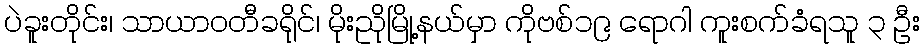
ပဲခူးတိုင်း၊ သာယာဝတီခရိုင်၊ မိုးညိုမြို့နယ်မှာ ကိုဗစ်၁၉ ရောဂါ ကူးစက်ခံရသူ ၃ ဦး